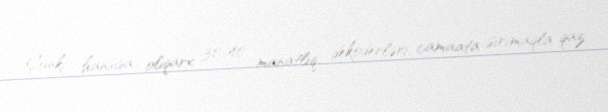
Çünki hansısa oliqarx 30-40 manatlıq dekoderləri camaata sırımaqla qaz